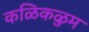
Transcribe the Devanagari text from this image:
कळिकळुम